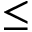
\leq